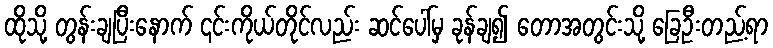
ထိုသို့ တွန်းချပြီးနောက် ၎င်းကိုယ်တိုင်လည်း ဆင်ပေါ်မှ ခုန်ချ၍ တောအတွင်းသို့ ခြေဦးတည့်ရာ